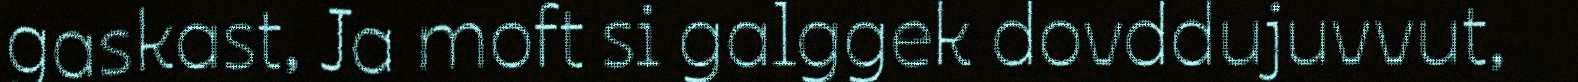
gaskast, Ja moft si galggek dovddujuvvut,